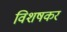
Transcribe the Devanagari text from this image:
विशषकर